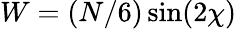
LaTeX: W=(N/6)\sin(2\chi)